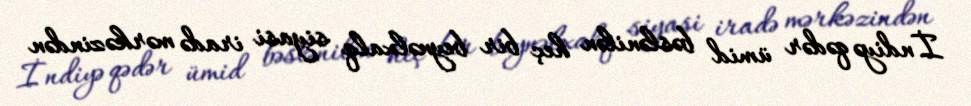
İndiyə qədər ümid bəslənilən heç bir beynəlxalq siyasi iradə mərkəzindən